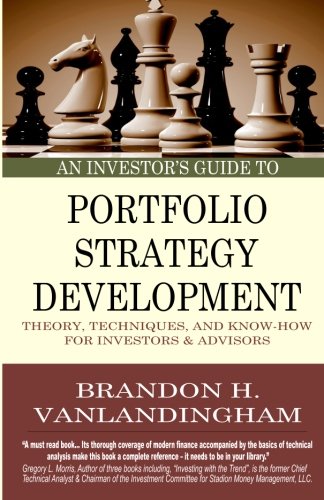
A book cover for An Investor's Guide to Portfolio Strategy Development: Theory, Techniques, & Know-How For Investors and Advisors; Brandon H. VanLandingham; Business & Money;